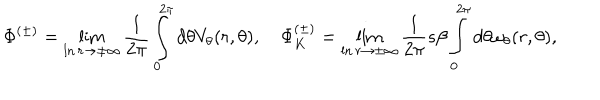
\Phi ^ { ( \pm ) } = \lim _ { \ln r \rightarrow \pm \infty } \frac { 1 } { 2 \pi } \int _ { 0 } ^ { 2 \pi } d \theta V _ { \theta } ( r , \theta ) , \quad \Phi _ { K } ^ { ( \pm ) } = \lim _ { \ln r \rightarrow \pm \infty } \frac { 1 } { 2 \pi } s \beta \int _ { 0 } ^ { 2 \pi } d \theta \omega _ { \theta } ( r , \theta ) ,